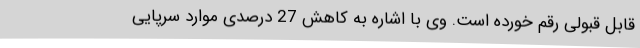
قابل قبولی رقم خورده است. وی با اشاره به کاهش 27 درصدی موارد سرپایی